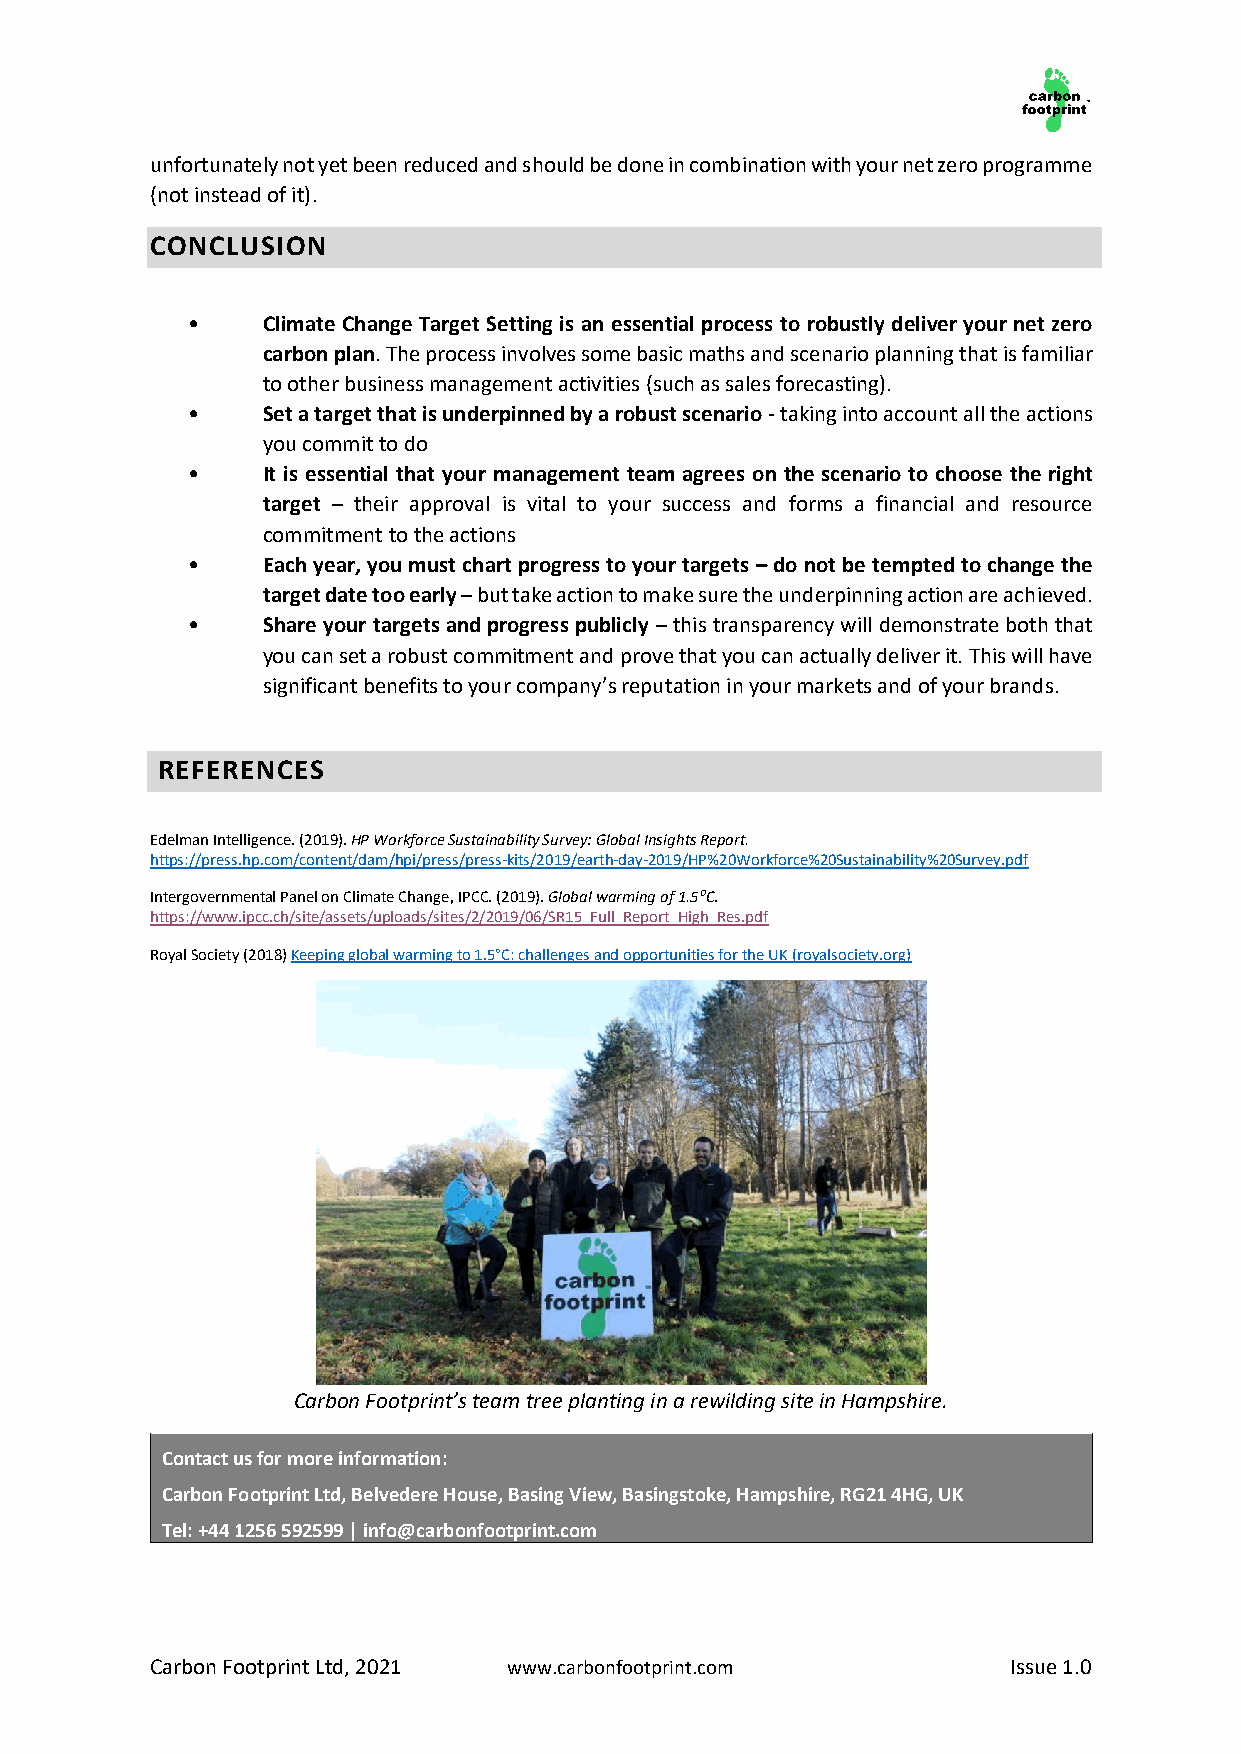
unfortunately not yet been reduced and should be done in combination with your net zero programme
 (not instead of it).
 CONCLUSION
 •    Climate Change Target Setting is an essential process to robustly deliver your net zero
 carbon plan. The process involves some basic maths and scenario planning that is familiar
 to other business management activities (such as sales forecasting).
 •    Set a target that is underpinned by a robust scenario - taking into account all the actions
 you commit to do
 •    It is essential that your management team agrees on the scenario to choose the right
 target – their approval is vital to your success and forms a financial and resource
 commitment to the actions
 •    Each year, you must chart progress to your targets – do not be tempted to change the
 target date too early – but take action to make sure the underpinning action are achieved.
 •    Share your targets and progress publicly – this transparency will demonstrate both that
 you can set a robust commitment and prove that you can actually deliver it. This will have
 significant benefits to your company’s reputation in your markets and of your brands.
 REFERENCES
 Edelman Intelligence. (2019). HP Workforce Sustainability Survey: Global Insights Report.
 https://press.hp.com/content/dam/hpi/press/press-kits/2019/earth-day-2019/HP%20Workforce%20Sustainability%20Survey.pdf
 Intergovernmental Panel on Climate Change, IPCC. (2019). Global warming of 1.5⁰C.
 https://www.ipcc.ch/site/assets/uploads/sites/2/2019/06/SR15_Full_Report_High_Res.pdf
 Royal Society (2018) Keeping global warming to 1.5°C: challenges and opportunities for the UK (royalsociety.org)
 Carbon Footprint’s team tree planting in a rewilding site in Hampshire.
 Contact us for more information:
 Carbon Footprint Ltd, Belvedere House, Basing View, Basingstoke, Hampshire, RG21 4HG, UK
 Tel: +44 1256 592599 | info@carbonfootprint.com
 Carbon Footprint Ltd, 2021 www.carbonfootprint.com       Issue 1.0